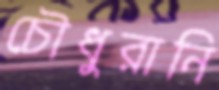
চৌধুরানি